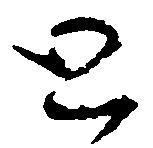
と